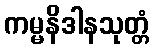
ကမ္မနိဒါနသုတ္တံ